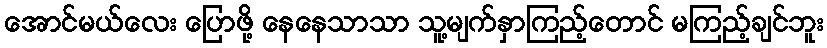
အောင်မယ်လေး ပြောဖို့ နေနေသာသာ သူ့မျက်နှာကြည့်တောင် မကြည့်ချင်ဘူး